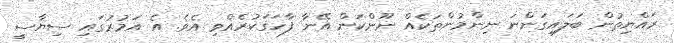
ރައްޔިތުން ބަލައިގަންނަ ނިންމުންތަކެއް ނޫންކަން އޭނާ ފާހަގަކުރެއްވި އެވެ. އެ އަމުރުގައި ސިޔާސީ